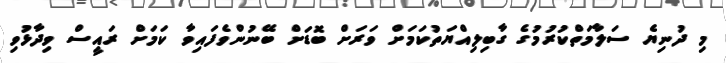
މި ދުނިޔެ ސަލާމަތްކުރުމުގެ ގާބިލިއްޔަތުކަމަށް ވަރަށް ބޮޑަށް ބޭނުންވެފައިވާ ކަމަށް ރައީސް ވިދާޅުވި